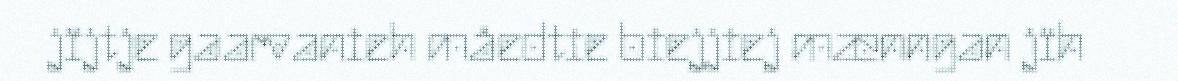
jïjtje gaarvanieh måedtie biejjiej mænngan jïh